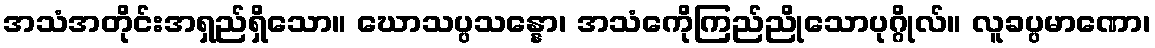
အသံအတိုင်းအရှည်ရှိသော။ ဃောသပ္ပသန္နော၊ အသံကေိုကြည်ညိုသောပုဂ္ဂိုလ်။ လူခပ္ပမာဏော၊